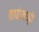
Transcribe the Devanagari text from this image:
वाघांमध्ये